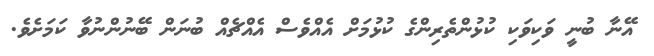
އޭނާ ބުނީ ވަކިވަކި ކުޅުންތެރިންގެ ކުޅުމަށް އެއްވެސް އެއްޗެއް ބުނަން ބޭނުންނުވާ ކަމަށެވެ.